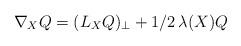
LaTeX: \begin{align*}\nabla_X Q = (L_X Q)_\perp + 1/2 \, \lambda(X)Q \end{align*}